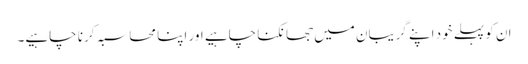
ان کو پہلے خود اپنے گریبان میں جھانکنا چاہیے اور اپنا محاسبہ کرنا چاہیے۔